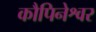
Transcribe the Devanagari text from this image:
कौपिनेश्वर